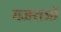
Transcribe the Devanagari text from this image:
गजराजों